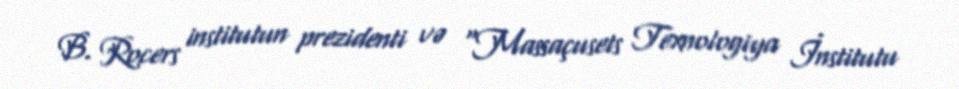
B. Rocers institutun prezidenti və "Massaçusets Texnologiya İnstitutu